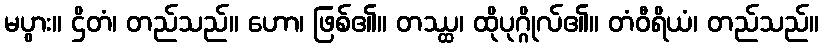
မပွား။ ဌိတံ၊ တည်သည်။ ဟော၊ ဖြစ်၏။ တဿ္ထ၊ ထိုပုဂ္ဂိုလ်၏။ တံဝီရိယံ၊ တည်သည်။